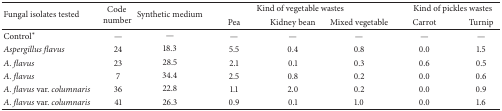
| <ROWSPAN=2> Fungal isolates tested | <ROWSPAN=2> Code number | <ROWSPAN=2> Synthetic medium | <COLSPAN=3> Kind of vegetable wastes | <COLSPAN=2> Kind of pickles wastes |
 | Pea | Kidney bean | Mixed vegetable | Carrot | Turnip |
 | --- | --- | --- | --- | --- | --- | --- | --- |
 | Control* | — | — | — | — | — | — | — |
 | Aspergillus flavus | 24 | 18.3 | 5.5 | 0.4 | 0.8 | 0.0 | 1.5 |
 | A. flavus | 23 | 28.5 | 2.1 | 0.1 | 0.3 | 0.6 | 0.5 |
 | A. flavus | 7 | 34.4 | 2.5 | 0.8 | 0.2 | 0.0 | 0.6 |
 | A. flavus var. columnaris | 36 | 22.8 | 1.1 | 2.0 | 0.2 | 0.0 | 0.9 |
 | A. flavus var. columnaris | 41 | 26.3 | 0.9 | 0.1 | 1.0 | 0.0 | 1.6 |